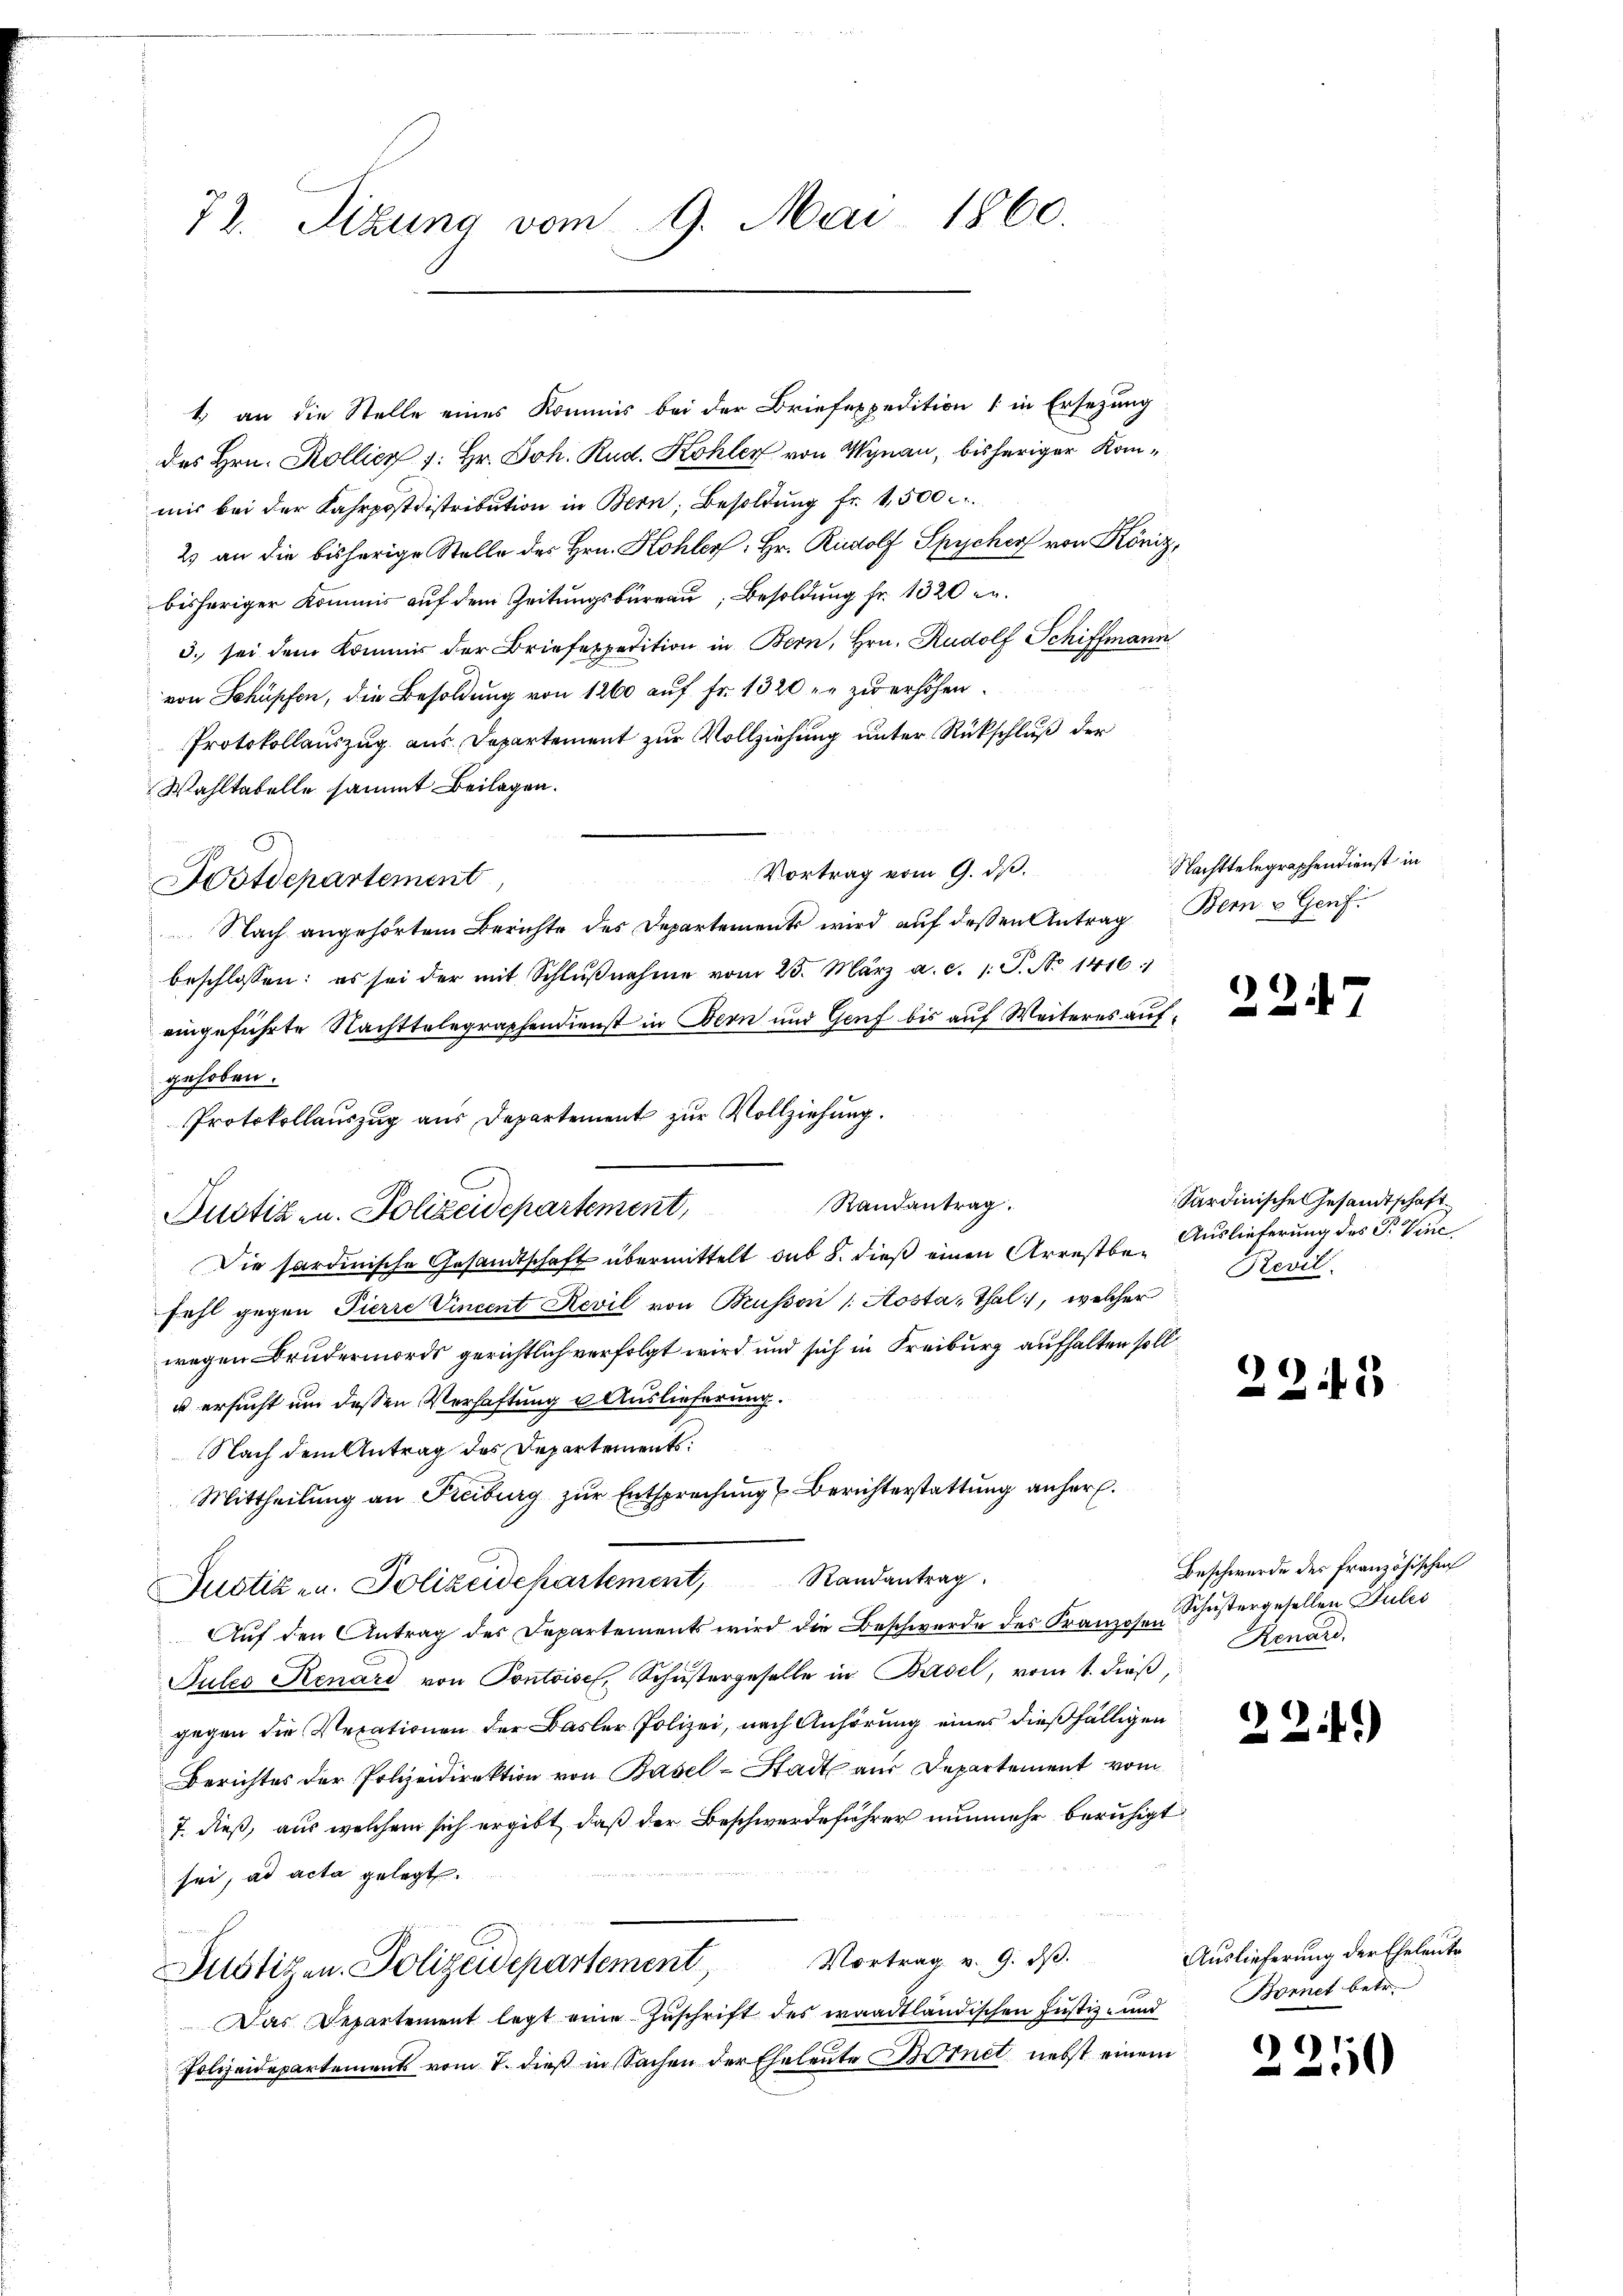
72. Sitzung vom 9. Mai 1860.

Protokollauszug aus Departement zur Vollziehung unter Rückschluß der
Wahltabelle sammt Beilagen.
Vortrag vom 9. ds.
Fostdepartement,
 Nach angehörtem Berichte des Departements wird auf deßen Antrag Bern u Genf
beschlossen: es sei der mit Schlŭβnahme vom 25. März a. c. 1: P. No 1416.1
eingeführte Nachttelegraphendienst in Bern und Genf bis auf Weiteres aufgehoben.
Randantrag.
Die sardinische Gesandtschaft übermittelt sub 8. dieß einen Arrestbefahl gegen Pierre Vincent Revil von Brüsson Aosta, Thal, welcher
wegen Brudermords gerichtlich verfolgt wird und sich in Freiburg aufhalten soll
u ersucht um dessen Verhaftung u Auslieferung.
Nach dem Antrag des Departements:
Mittheilung an Freiburg zur Entsprechung Berichterstattung anher.
Justiz- u. Polizeidepartement, Randantrag
Aŭf den Antrag des Departements wird die Beschwerde des Franzosen Lenard,
Tules Renari von Pontoisel, Schŭstergeselle in Basel, vom 1. dieß,
gegen die Verationen der Basler, Polizei, nach Anhörung eines dießfälligen
Berichtes der Polizeidirektion von Basel-Stadt aus Departement vom
7. dieß, aus welchem sich ergibt, daß der Beschwerdeführer nunmehr beruhigt
sei, ad acta gelegt.
Vortrag v. 9. ds.
Justizen. Polizeidepartement,
Das Departement legt eine Zuschrift des waadtländischen Justiz- und
Polizeidepartements vom 7. dieß in Sachen der Eheleute Bornet nebst einem

Protokollauszug aus Departement zur Vollziehung.
Justiz u. Polizeidepartement,

1. an die Stelle eines Kommis bei der Briefexpedition (in Ersetzung
des Hrn. Kollier v. Hr. Joh. Rud. Kohler von Wynau, bisheriger Kommir bei der Fahrpostdistribution in Bern, Besoldŭng fr. 1,500
2) an die bisherige Stelle des Hrn. Kohler: Hr. Rudolf Spycher von Köniz,
bisheriger Kommis auf dem Zeitungsbureau, Besoldung fr. 1320 n.
3. sei dem Kommer der Briefexpedition in Bern, Hrn. Rudolf Schiffmann
von Schüpfen, die Besoldung von 1260 auf Fr. 1320 - zu erhöhen.

Nachttelegraphendienst in

227

Sardinische Gesandtschaft
Auslieferung des P. Vine,
Revil

223

Beschwerde der französischen
Schustergesellen Julii

22)

Auslieferung der Eheleute
Bonnet betr.

2250